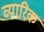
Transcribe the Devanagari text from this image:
व्यारिक